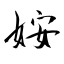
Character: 姲